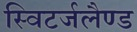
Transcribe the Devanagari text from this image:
स्विटर्जलैण्ड